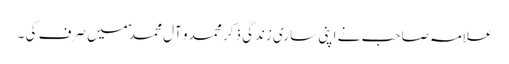
علامہ صاحب نے اپنی ساری زندگی ذکر محمد و آل محمد ؑمیں صرف کی ۔